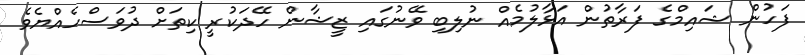
ފަހުން ޝައިމްގެ ފަރާތުން އަޅާލުމެއް ނުލިބި ވޭނުގައި ޒީޝާން ހޭދަކުރީ ކިތަށް ދުވަސްހެއްޔެވެ